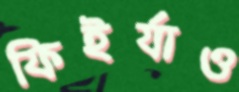
ফিইর্যাও